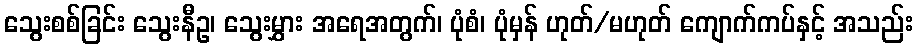
သွေးစစ်ခြင်း သွေးနီဥ၊ သွေးမွှား အရေအတွက်၊ ပုံစံ၊ ပုံမှန် ဟုတ်/မဟုတ် ကျောက်ကပ်နှင့် အသည်း